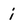
Character: i